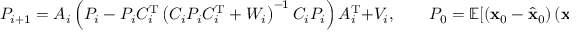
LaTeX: P _ { i + 1 } = A _ { i } \left( P _ { i } - P _ { i } C _ { i } ^ { \mathrm { T } } \left( C _ { i } P _ { i } C _ { i } ^ { \mathrm { T } } + W _ { i } \right) ^ { - 1 } C _ { i } P _ { i } \right) A _ { i } ^ { \mathrm { T } } + V _ { i } , \qquad P _ { 0 } = \mathbb { E } [ \left( { \mathbf { x } } _ { 0 } - { \hat { \mathbf { x } } } _ { 0 } \right) \left( { \mathbf { x } } _ { 0 } - { \hat { \mathbf { x } } } _ { 0 } \right) ^ { \mathrm { T } } ] .